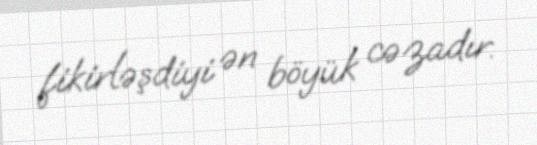
fikirləşdiyi ən böyük cəzadır.